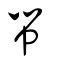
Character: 帠